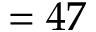
= 4 7